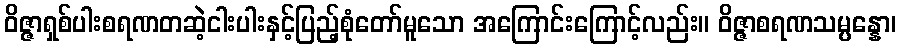
ဝိဇ္ဇာရှစ်ပါးစရဏတဆဲ့ငါးပါးနှင့်ပြည့်စုံတော်မူသော အကြောင်းကြောင့်လည်း။ ဝိဇ္ဇာစရဏသမ္ပန္နော၊